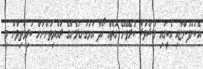
އެކުންފުންޏާއި އެކީގައި މަޝްވަރާ ކުރެވޭނޭ ގޮތެއް ހޯދާ އަޅުގަނޑުމެންގެ ރައްޔިތުންނަށް ކުރިމަތިވާން މި